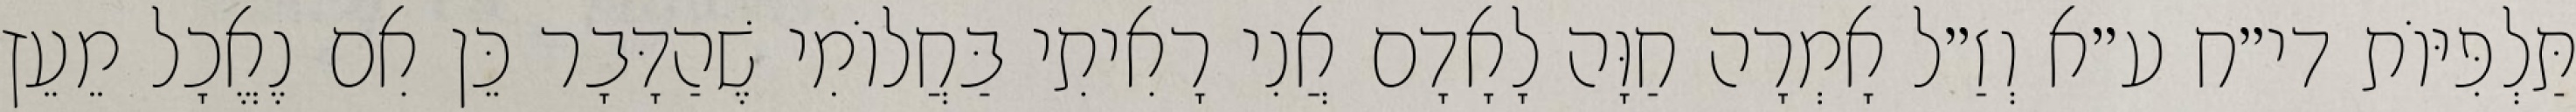
תַּלְפִּיּוֹת די״ח ע״א וְזַ״ל אָמְרָה חַוָּה לָאָדָם אֲנִי רָאִיתִי בַּחֲלוֹמִי שֶׁהַדָּבָר כֵּן אִם נֶאֱכָל מֵעֵץ